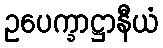
ဥပေက္ခာဋ္ဌာနီယံ